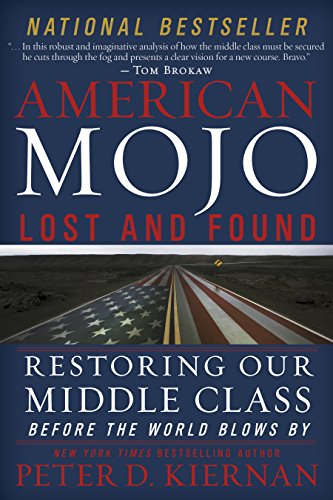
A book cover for American Mojo: Lost and Found: Restoring our Middle Class Before the World Blows By; Peter D. Kiernan; Politics & Social Sciences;